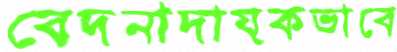
বেদনাদায়কভাবে